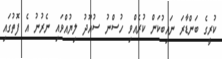
ކުރީގެ ބަންޑާރަ ނައިބުކަން ކުރެއްވި ހުސްނު ސުއޫދު ލިޔުއްވައި ނެރުނު އެ ފޮތުގައި